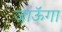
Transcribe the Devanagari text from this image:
जाऊॅगा